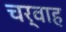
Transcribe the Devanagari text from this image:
चर्वाह